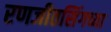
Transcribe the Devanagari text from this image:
रणजीतसिंगच्या